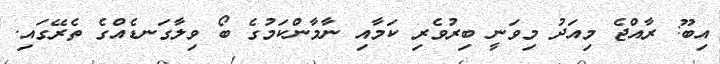
އިބޫ: ރާއްޖެ މިއަދު މިވަނީ ބިރުވެރި ކަމާއި ނާމާންކަމުގެ ބޯ ވިލާގަނޑެއްގެ ތެރޭގައި.